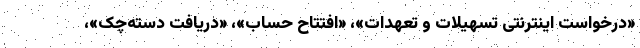
«درخواست اینترنتی تسهیلات و تعهدات»، «افتتاح حساب»، «دریافت دسته‌چک»،